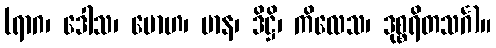
(ရာဂ၊ ဒေါသ၊ မောဟ၊ မာန၊ ဒိဋ္ဌိ၊ ကိလေသ၊ ဒုစ္စရိတသင်္ဂ)။